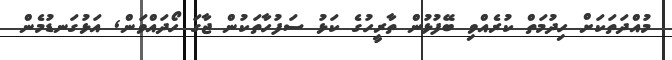
މުއްދަތަކަށް ހިދުމަތް ކުރެއްވި ބޭފުޅުން ތާރީހުގެ ކަޅު ސަފުހާތަކުން ޖާގަ ހޯދައްވަން